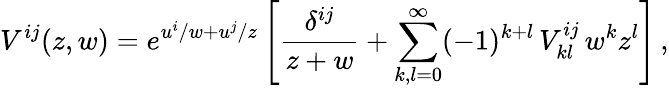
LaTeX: V^{ij}(z,w)=e^{u^{i}/w+u^{j}/z}\left[{\frac{\delta^{ij}}{z+w}}+\sum_{k,l=0}^{\infty}(-1)^{k+l}\, V_{kl}^{ij}\, w^{k}z^{l}\right]\, ,